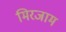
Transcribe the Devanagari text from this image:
मिरजाम